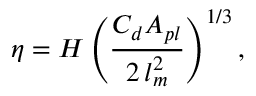
\eta = H \left( \frac { C _ { d } A _ { p l } } { 2 \, l _ { m } ^ { 2 } } \right) ^ { 1 / 3 } ,